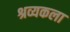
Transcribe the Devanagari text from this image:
श्रव्यकला